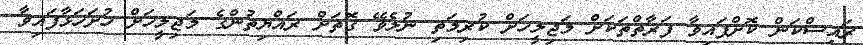
ރައީސްކަން ކޮށްފައިވާ ފަރާތްތަކަށް މަޖިލީހަށް ކުރިމަތި ނުލެވޭ ގޮތަށް ރައްޔިތުންގެ މަޖިލީހަށް ހުށަހަޅާފައިވާ